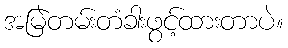
အမြဲတမ်းတံခါးဖွင့်ထားတာပဲ။